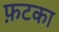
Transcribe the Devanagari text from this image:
फ़टका